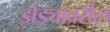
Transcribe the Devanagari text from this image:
झेंड्यावरील